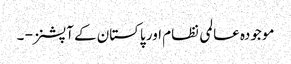
موجودہ عالمی نظام اور پاکستان کے آپشنز - ۔